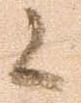
候